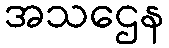
အသဌေန